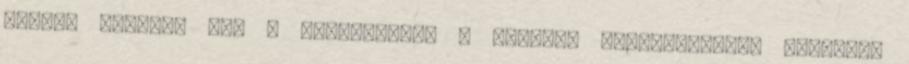
hostok szerint USA A sűrűsödések a fogalmi kategóriáknak felelnek